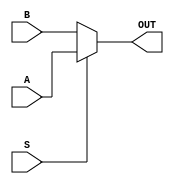
 module mux2x1(
	A,
	B,
	S,
	OUT);
	
	//Definio de INPUTS
	input A;
	input B;
	input S;

	//Definio de OUTPUTS
	output OUT;
	
	//LOGICA
	assign OUT=S?A:B;	
endmodule